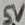
Text: 5V